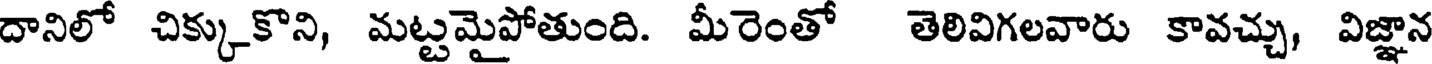
దానిలో చిక్కుకొని, మట్టమైపోతుంది. మీరెంతో తెలివిగలవారు కావచ్చు, విజ్ఞాన